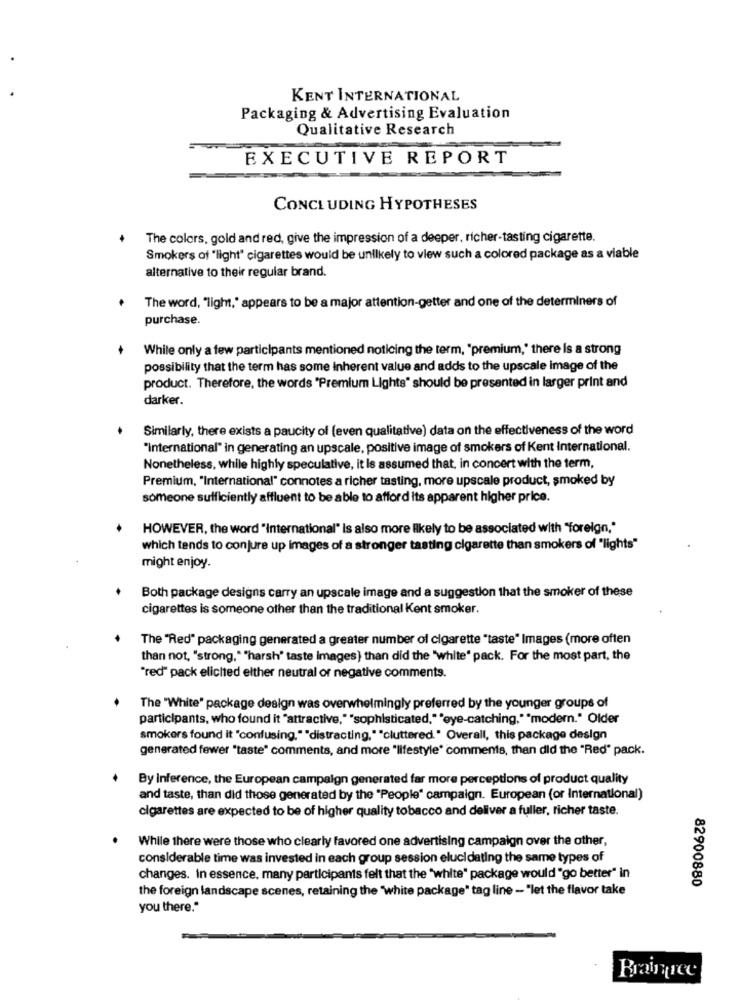
KENT INTERNATIONAL
Packaging & Advertising Evaluation
Qualitative Research
EXECUTIVE REPORT
CONCLUDING HYPOTHESES
The colors, gold and red, give the impression of a deeper, richer-tasting cigarette.
Smokers of "light" cigarettes would be unlikely to view such a colored package as a viable
alternative to their regular brand.
The word, "light," appears to be a major attention-getter and one of the determiners of
purchase.
While only a few participants mentioned noticing the term, "premium," there is a strong
possibility that the term has some inherent value and adds to the upscale image of the
product. Therefore, the words "Premium Lights" should be presented in larger print and
darker.
Similarly, there exists a paucity of (even qualitative) data on the effectiveness of the word
"International" in generating an upscale, positive image of smokers of Kent International.
Nonetheless, while highly speculative, it Is assumed that, in concert with the term,
Premium, "International" connotes a richer tasting, more upscale product, smoked by
someone sufficiently affluent to be able to afford its apparent higher price.
HOWEVER, the word "International" Is also more likely to be associated with "foreign,"
which tends to conjure up images of a stronger tasting cigarette than smokers of "lights"
might enjoy.
Both package designs carry an upscale image and a suggestion that the smoker of these
cigarettes is someone other than the traditional Kent smoker.
The "Red" packaging generated a greater number of cigarette "taste" Images (more often
than not, "strong," "harsh' taste Images) than did the "white" pack. For the most part, the
"red" pack elicited elther neutral or negative comments.
The "White" package design was overwhelmingly preferred by the younger groups of
participants, who found it "attractive,""sophisticated,""eye-catching,""modern." Older
smokers found it "confusing.""distracting,""cluttered." Overall, this package design
generated fewer "taste" comments, and more "lifestyle" comments, than did the "Red" pack.
By Inference, the European campaign generated far more perceptions of product quality
and taste, than did those generated by the "People" campaign. European (or International)
cigarettes are expected to be of higher quality tobacco and deliver a fuller, richer taste.
While there were those who clearly favored one advertising campaign over the other,
considerable time was invested in each group session elucidating the same types of
changes. In essence, many participants felt that the "white" package would "go better" in
82900880
the foreign landscape scenes, retaining the "white package" tag line - "let the flavor take
you there."
Braintree